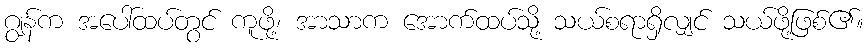
ဂျွန်က အပေါ်ထပ်တွင် ကူဖို့၊ အာသာက အောက်ထပ်သို့ သယ်စရာရှိလျှင် သယ်ဖို့ဖြစ်၏။